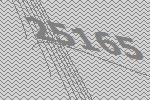
25165